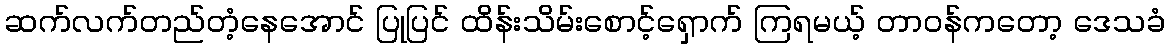
ဆက်လက်တည်တံ့နေအောင် ပြုပြင် ထိန်းသိမ်းစောင့်ရှောက် ကြရမယ့် တာဝန်ကတော့ ဒေသခံ